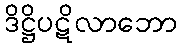
ဒိဋ္ဌိပဋိလာဘော